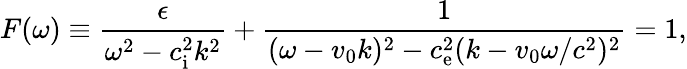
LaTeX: F(\omega)\equiv\frac{\epsilon}{\omega^{2}-c_{\mathrm{i}}^{2}k^{2}}+\frac{1}{(\omega-v_{0}k)^{2}-c_{\mathrm{e}}^{2}(k-v_{0}\omega/c^{2})^{2}}=1,